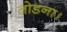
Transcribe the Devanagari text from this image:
तोडना।